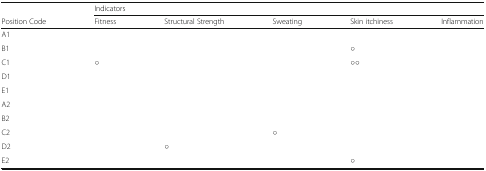
<table><thead><tr><td></td><td colspan="5"><b>Indicators</b></td></tr><tr><td><b>Position Code</b></td><td><b>Fitness</b></td><td><b>Structural Strength</b></td><td><b>Sweating</b></td><td><b>Skin itchiness</b></td><td><b>Inflammation</b></td></tr></thead><tbody><tr><td>A1</td><td></td><td></td><td></td><td></td><td></td></tr><tr><td>B1</td><td></td><td></td><td></td><td>○</td><td></td></tr><tr><td>C1</td><td>○</td><td></td><td></td><td>○○</td><td></td></tr><tr><td>D1</td><td></td><td></td><td></td><td></td><td></td></tr><tr><td>E1</td><td></td><td></td><td></td><td></td><td></td></tr><tr><td>A2</td><td></td><td></td><td></td><td></td><td></td></tr><tr><td>B2</td><td></td><td></td><td></td><td></td><td></td></tr><tr><td>C2</td><td></td><td></td><td>○</td><td></td><td></td></tr><tr><td>D2</td><td></td><td>○</td><td></td><td></td><td></td></tr><tr><td>E2</td><td></td><td></td><td></td><td>○</td><td></td></tr></tbody></table>